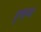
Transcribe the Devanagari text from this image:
हुएल्वा